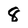
Character: 8